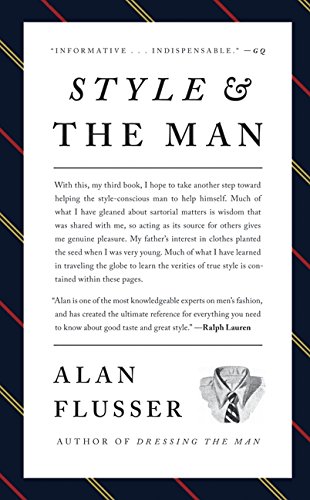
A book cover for Style and the Man; Alan Flusser; Health, Fitness & Dieting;